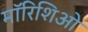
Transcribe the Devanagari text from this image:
मॉरिशिओ